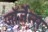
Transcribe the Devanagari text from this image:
जॉर्जेन्स